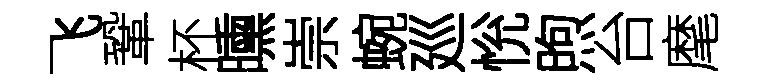
飞鞏杯曛崇蜿廵恱煦台麾